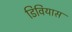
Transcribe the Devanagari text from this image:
डिवियास